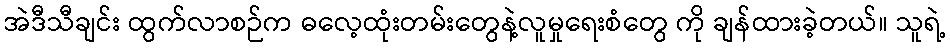
အဲဒီသီချင်း ထွက်လာစဉ်က ဓလေ့ထုံးတမ်းတွေနဲ့လူမှုရေးစံတွေ ကို ချန်ထားခဲ့တယ်။ သူရဲ့